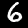
Digit: 6